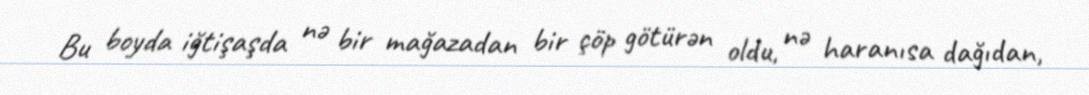
Bu boyda iğtişaşda nə bir mağazadan bir çöp götürən oldu, nə haranısa dağıdan,